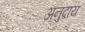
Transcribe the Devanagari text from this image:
अनुदाय